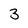
Character: 3